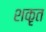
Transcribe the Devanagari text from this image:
शकृत